Insane asylums in Bengal annual reports 1876-1887 - 1876-1887
Year: 1876
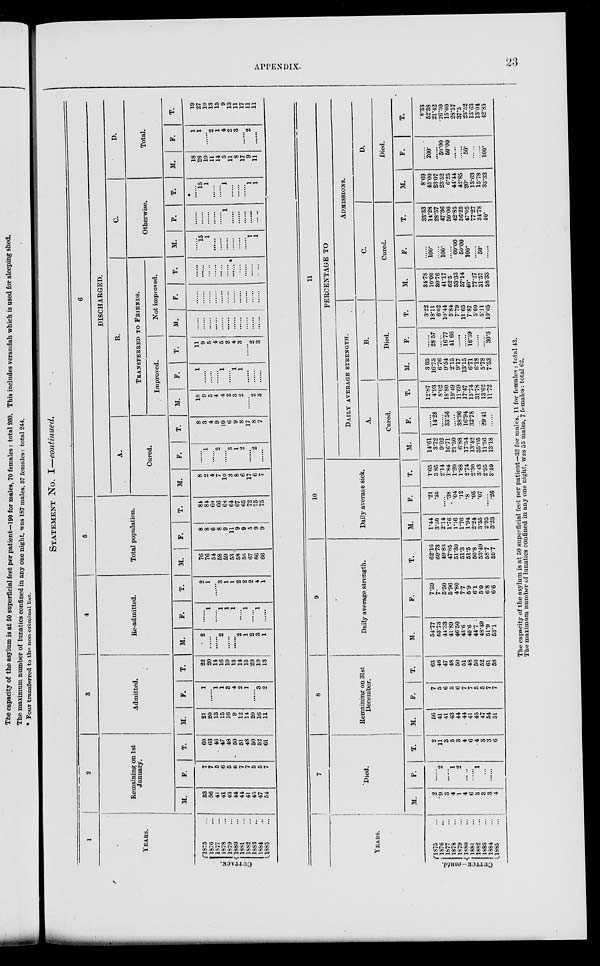
APPENDIX.
23
STATEMENT No.
I—continued.
1
YEARS.
CUTTACK.
1875 ...
1876 ...
1877 ...
1878 ...
1879 ...
1880 ...
1881 ...
1882 ...
1883 ...
1884 ...
1885 ...
2
Remaining on 1st
January.
M.
53
56
41
41
43
44
44
41
45
47
54
F.
7
7
5
6
5
6
7
7
5
5
7
T.
60
63
46
47
48
50
51
48
50
52
61
3
Admitted.
M.
21
20
13
15
16
9
12
14
20
16
11
F.
1
......
1
1
3
4
2
1
......
3
2
T.
22
20
14
16
19
13
14
15
20
19
18
4
Re-admitted.
M.
2
......
......
2
......
......
2
1
2
3
1
F.
......
1
......
1
1
1
......
1
......
1
......
T.
2
1
......
3
1
1
2
2
2
4
1
5
Total population.
M.
76
76
54
58
59
53
58
56
67
66
66
F.
8
8
6
8
9
11
9
9
5
9
9
T.
84
84
60
66
68
64
67
65
72
75
75
6
DISCHARGED.
A.
Cured.
M.
8
2
4
7
10
3
8
6
17
6
7
F.
......
1
......
2
......
3
1
2
......
2
......
T.
8
3
4
9
10
6
9
8
17
8
7
B.
TRANSFERRED
TO FRIENDS.
Improved.
M.
10
9
5
4
4
2
3
2
......
2
3
F.
1
......
......
......
1
......
1
1
......
......
......
T.
11
9
5
4
5
2
4
3
......
2
3
Not improved.
M.
......
......
......
......
......
......
......
......
......
......
......
F.
......
......
......
......
......
......
......
......
......
......
......
T.
......
......
......
......
......
......
......
......
......
......
......
C.
Otherwise.
M.
......
15
1
......
......
......
......
......
......
1
1
F.
......
......
......
......
......
1
......
......
......
......
T.
......
15
1
......
......
1
......
......
......
1
1
D.
Total.
M.
18
26
10
11
14
5
11
8
17
9
11
F.
1
1
......
2
1
4
2
3
......
2
......
T.
19
27
10
13
15
9
13
11
17
11
11
YEARS.
CUTTCK–contd.
1875 ...
1876 ...
1877 ...
1878 ...
1S79 ...
1880 ...
1881 ...
1882 ...
1883 ...
1884 ...
1885 ...
7
Died.
M.
2
9
3
4
1
4
6
3
3
3
4
F.
......
2
...... 1
2
......
......
1
......
......
......
T.
2
11
3
5
3
4
6
4
3
3
6
8
Remaining on 31st
December.
M.
56
41
41
43
44
44
41
45
47
54
51
F.
7
5
6
5
6
7
7
5
5
7
7
T.
63
46
47
48
50
51
48
50
52
61
58
9
Daily average strength.
M.
54.77
53.73
44.33
41.89
46.50
43.6
45.6
44.7
48.49
51.9
53.1
F.
7.39
7.
5.50
5.96
4.80
7.7
5.9
6.1
5.0
6.8
6.6
T.
62.16
60.73
49.83
47.85
51.30
51.3
51.5
50.8
53.49
58.7
59.7
10
Daily average sick.
M.
1.44
3.50
2.14
1.76
1.16
1.76
1.94
2.24
3.35
2.95
3.23
F.
.21
.35
......
.38
.04
.12
.8
.05
.07
......
.26
T.
1.65
3.85
2.14
1.84
1.20
1.88
2.74
2.30
3.43
2.95
3.49
11
PERCENTAGE TO
DAILY
AVERAGE
STRENGTH.
A.
Cured.
M.
14.61
3.72
9.02
16.71
21.50
6.88
17.54
13.42
35.05
11.56
13.18
F.
......
14.28
......
33.56
......
38.96
16.94
32.78
......
29.41
......
T.
12.87
4.93
8.02
18.80
19.49
11.69
17.47
15.74
31.78
13.62
11.72
B.
Died.
M.
3.65
16.75
6.76
9.54
2.15
9.17
13.15
6.71
6.18
5.78
7.53
F.
......
28.57
......
16.77
41.66
......
......
16.39
......
......
30.3
T.
3.22
18.11
6.02
10.44
5.84
7.79
11.65
7.87
5.60
5.11
10.05
ADMISSIONS.
C.
Cured.
M.
34.78
10.00
30.76
41.17
62.5
33.33
57.14
40.
77.27
31.57
58.33
F.
......
100.
......
100.
......
60.00
50.00
100.
......
50.
......
T.
33.33
14.28
28.57
47.36
50.00
42.85
56.25
47.05
77.27
34.78
50.
D.
Died.
M.
8.69
45.00
2307
23.52
6.25
44.44
42.85
20.
13.63
15.78
33.33
F.
......
200.
......
50.00
50.00
......
......
50.
......
......
100.
T.
8.33
52.38
21.42
26.30
15.00
28.57
37.5
23.52
13.63
13.04
42.85
The capacity of the asylum is at 50 superficial feet per patient—32 for males, 11 for females : total 43.
The maximum number of lunatics confined in any one night, was 55 males, 7 females: total 62.